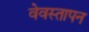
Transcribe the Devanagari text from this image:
वेवस्तापन